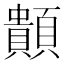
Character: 䫭